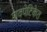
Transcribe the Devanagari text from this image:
शवपेटिकेत